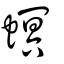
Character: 螟